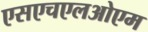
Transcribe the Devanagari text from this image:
एसएचएलओएम